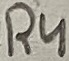
Text: R4